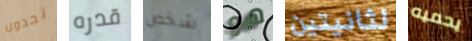
تجدون قدره شخص هو لثانيتين يحميه